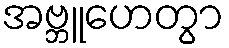
အဗ္ဘူဟေတွာ